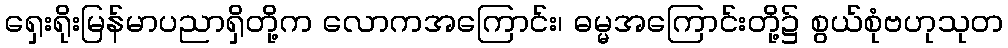
ရှေးရိုးမြန်မာပညာရှိတို့က လောကအကြောင်း၊ ဓမ္မအကြောင်းတို့၌ စွယ်စုံဗဟုသုတ